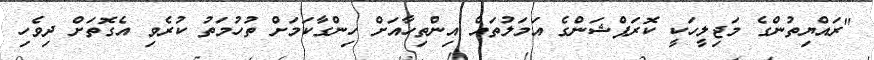
"ރައްޔިތުންގެ މަޖިލީހަކީ ކޮރަޕްޝަންގެ އަމަލުތައް އިންތިހާއަށް ހިންގާކަމަށް ތުހުމަތު ކުރެވި އެގޮތަށް ދިވެހި